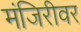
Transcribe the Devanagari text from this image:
मंजिरीवर